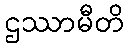
ဌဿာမီတိ